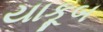
યાકૂબ